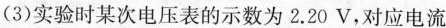
(3)实验时某次电压表的示数为 2.20 V,对应电流